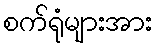
စက်ရုံများအား